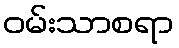
ဝမ်းသာစရာ